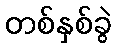
တစ်နှစ်ခွဲ